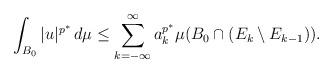
LaTeX: \begin{align*}\int_{B_0}\vert u\vert^{p^*}\,d\mu\leq\sum_{k=-\infty}^{\infty}a_k^{p^*}\mu(B_0\cap (E_k\setminus E_{k-1})).\end{align*}